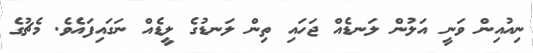
ނިއުއިން ވަނީ އަލުން ލަނޑެއް ޖަހައި ތިން ލަނޑުގެ ލީޑެއް ނަގައިފައެވެ. މެޗުގެ